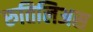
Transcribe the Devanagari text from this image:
रुतिलिअस